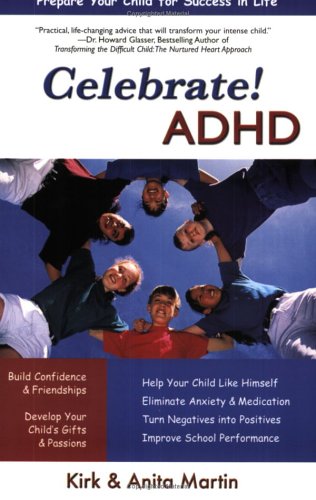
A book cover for Celebrate! ADHD; Kirk Martin; Health, Fitness & Dieting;